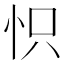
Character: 怾